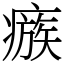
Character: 瘯